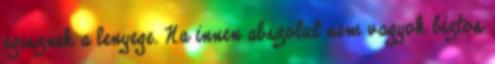
egesznek a lenyege. Na innen abszolut nem vagyok biztos